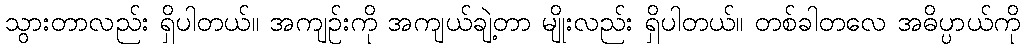
သွားတာလည်း ရှိပါတယ်။ အကျဉ်းကို အကျယ်ချဲ့တာ မျိုးလည်း ရှိပါတယ်။ တစ်ခါတလေ အဓိပ္ပာယ်ကို